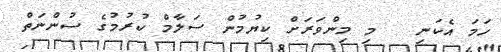
ހަމަ އެކަނި   މި މިންވަރަށް ކިޔުމުން ސަލާމް ކުރުމުގެ ސުންނަތް